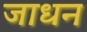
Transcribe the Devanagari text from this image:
जाधन